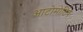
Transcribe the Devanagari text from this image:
आटोमोटिव